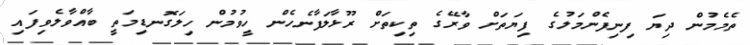
ތެމެމުން ދިޔަ ފިނިފެންމަލުގެ ފިޔަތަށް ވާރޭގެ ތިކިތަށް ރޫޅާލަފާނެހެން ހީވުމުން ހިލަގޮނޑިމަތީ ބާއްވާލެވިފައި